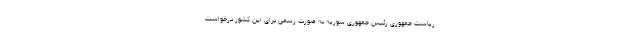
ریاست جمهوری رئیس جمهوری سوریه به صورت رسمی برای این کشور درخواست